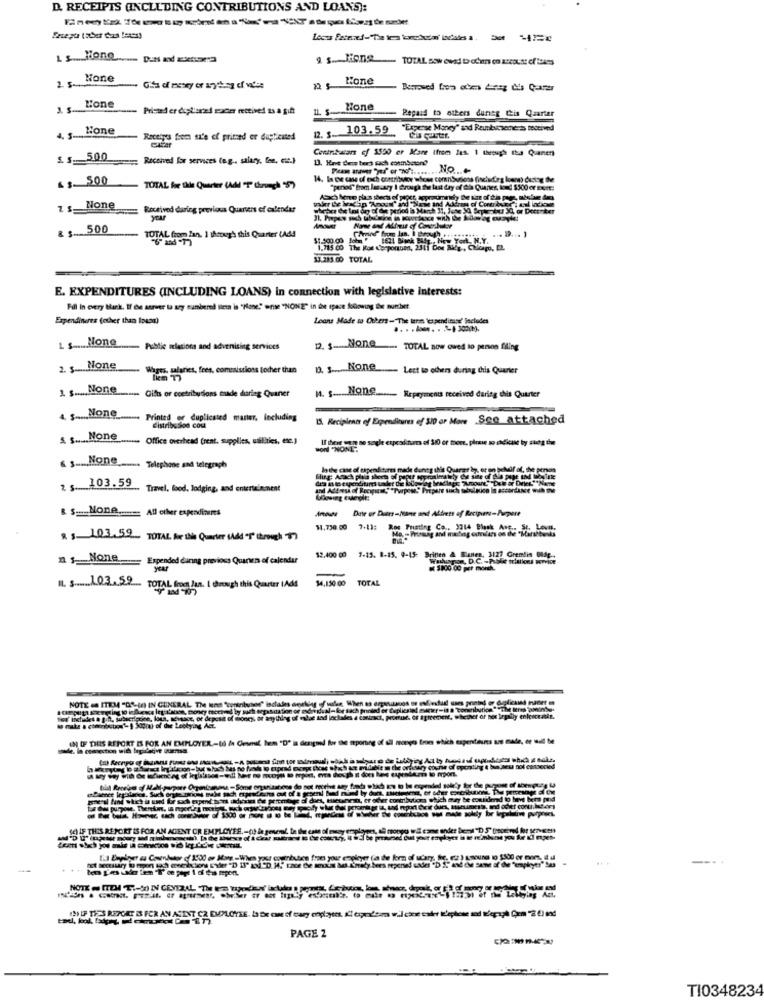
D. RECEIPTS (INCLUDING CONTRIBUTIONS AND LOANS):
LE None
as. Mons TOTAL sow owej Dom o accost ofas
Hone
Lone
Printed er doplismed racer received as a gift
Mone
Bepaid to others during this Quarter
103.59
"Expense Money" and Reumbucsene is toorived
4. 5-4
Receipes fem sz'e ef primed er duplicated
12. 3-
Contribucars of 1550 er Mare (from las. 1 theough tta Quaner
S.5 ___ 500
Received for services (e.g ., salary, for, etc.)
13. Have beme bers sach conmbpsond
...... No ... +
.$ 500
TOTAL for the Quarter (Add T Chorych 5)
"ponos" from lasuary I drough the last day of dia Quaner, Ind $500 er Eurt.
z g_ None
Received daring previous Quarters of calendar
year
& $ 500
TOTAL from fan. 1 through this Quarter (Add
13.283.00 TOTAL
E. EXPENDITURES (INCLUDING LOANS) In connection with legislative interests:
Fill In every Blank. If che sarver lo ary cumbered lleta is "Hone." ense "NONE" in de space following the number
Expendineres (other than loumn)
Loans Made to Others - The term, lespendinge' Secludes
.. . ... . 2- 3(b).
1 $ ... None
Public ulations and advenising services
12 None TOTAL now owed to person filing
2. s .... done
Whoes, salaries, fees, commistioss [other than
p. s .... None Lest to others during this Quarter
1 s ..... None
mme Gifts or contributions eude during Quaner
M. S.NOne ...... Repayments received during this Quarter
4 $ ..... None
Printed or duplicated marter, Including
15. Recipient of Expenditures of 310 or Man Sco_attached
distribs 300 cou
A S. None
. Office overhead (rent, supplies, utilities, etc.)
BON "NONE"
None Telephone and telegraph
lathe case of uapenditures made duneg this Quarar ly, or on Schuif at, the penos
2 s. 103.59
Travel, food, lodging, and entertainment
R $ _-_ MODA ....... All other expenditures
Date or Duers-Nane and Alirets af Recipient-Pumpere
11.730 00 7.11: Ros Fuiating Co ., 3314 Black Avc .. St. Lovat,
$ $ 103.59 TOTAL For this Quarter (Add "T" through $7)
n $ __ None
Expended during previous Quanten of calendar
$2.400 00 7-15. 8-15. 9-15: Brinen & Banen, 3127 Gremlin BISp ..
year
R $800 00 per month.
34,130 00
TOTAL
IL. s ....... 0.3 .... 2.2 ... TOTAL from Jan. I through this Quarter IAdd
Wirkt, promue. or agreement, whether or nes legally enicoceatie.
UN IF THIS REPORT IS FOR AN EMPLOYER .- 60 / Cemil, hem "D" is dengoed for the sporting of all mongo from which espenteures are made, er will be
pre-al find sich u ud Lr oxch euend hor odyxis de promtage Gl daes, tuesnesn, er other contributions which may be conidered to have been pod
(E) IF THIS REPORT IS FOR AN AGENT OR EMPLOYEE ,- () in general, la the case of muzy employees, ali mongo wil come ander brend"D 5" treceved for serves !!
---
. ..
PAGE 2
TI0348234